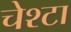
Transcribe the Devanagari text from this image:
चेश्टा